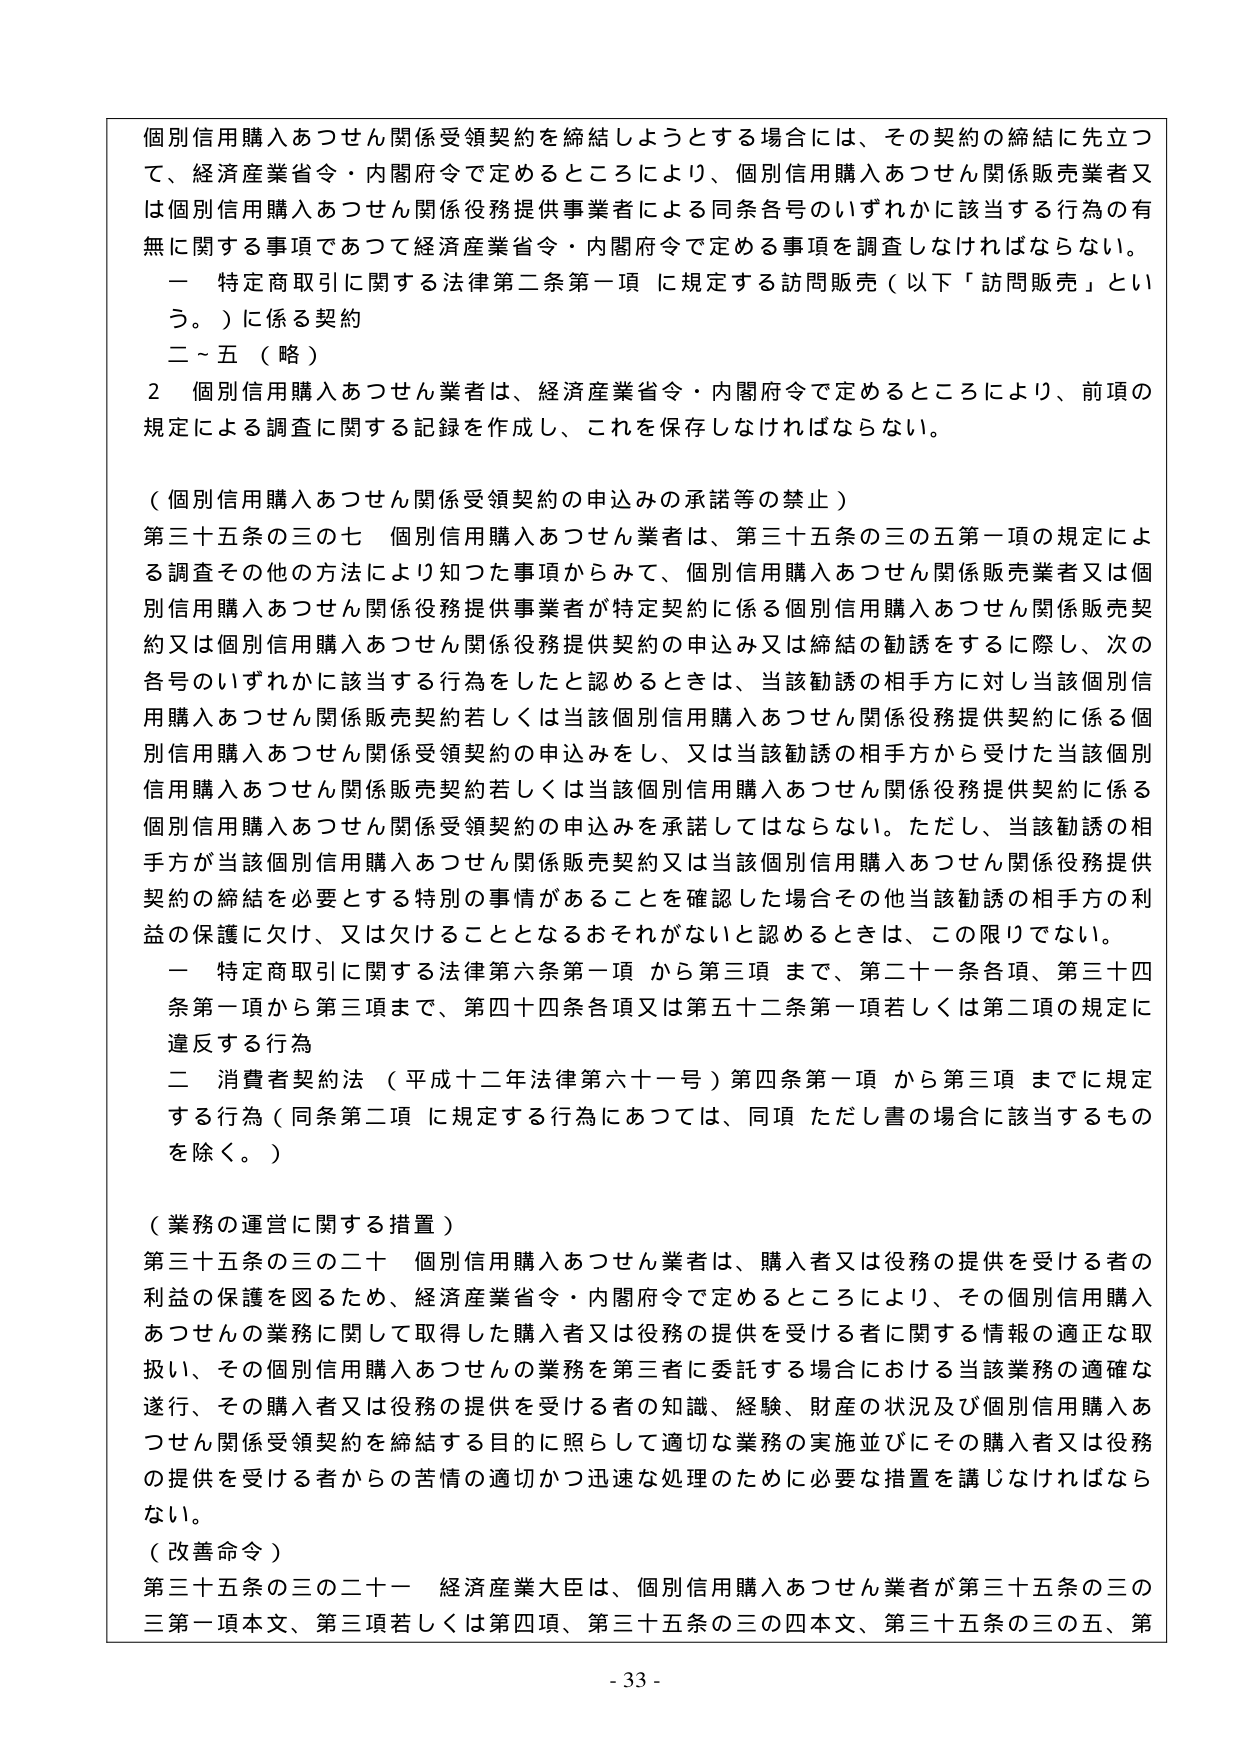
個別信用購入あつせん関係受領契約を締結しようとする場合には、その契約の締結に先立って、経済産業省令・内閣府令で定めるところにより、個別信用購入あつせん関係販売業者又は個別信用購入あつせん関係役務提供事業者による同条各号のいずれかに該当する行為の有無に関する事項であって経済産業省令・内閣府令で定める事項を調査しなければならない。

一 特定商取引に関する法律第二条第一項に規定する訪問販売（以下「訪問販売」という。）に係る契約
二～五（略）

2 個別信用購入あつせん業者は、経済産業省令・内閣府令で定めるところにより、前項の規定による調査に関する記録を作成し、これを保存しなければならない。

（個別信用購入あつせん関係受領契約の申込みの承諾等の禁止）

第三十五条の三の七 個別信用購入あつせん業者は、第三十五条の三の五第一項の規定による調査その他の方法により知った事項からみて、個別信用購入あつせん関係販売業者又は個別信用購入あつせん関係役務提供事業者が特定契約に係る個別信用購入あつせん関係販売契約又は個別信用購入あつせん関係役務提供契約の申込み又は締結の勧誘をするに際し、次の各号のいずれかに該当する行為をしたと認めるときは、当該勧誘の相手方に対し当該個別信用購入あつせん関係販売契約若しくは当該個別信用購入あつせん関係役務提供契約に係る個別信用購入あつせん関係受領契約の申込みをし、又は当該勧誘の相手方から受けた当該個別信用購入あつせん関係販売契約若しくは当該個別信用購入あつせん関係役務提供契約に係る個別信用購入あつせん関係受領契約の申込みを承諾してはならない。ただし、当該勧誘の相手方が当該個別信用購入あつせん関係販売契約又は当該個別信用購入あつせん関係役務提供契約の締結を必要とする特別の事情があることを確認した場合その他当該勧誘の相手方の利益の保護に欠け、又は欠けることとなるおそれがないと認めるときは、この限りでない。

一 特定商取引に関する法律第六条第一項から第三項まで、第二十一条各項、第三十四条第一項から第三項まで、第四十四条各項又は第五十二条第一項若しくは第二項の規定に違反する行為
二 消費者契約法（平成十二年法律第六十一号）第四条第一項から第三項までに規定する行為（同条第二項に規定する行為にあつては、同項ただし書の場合に該当するものを除く。）

（業務の運営に関する措置）

第三十五条の三の二十 個別信用購入あつせん業者は、購入者又は役務の提供を受ける者の利益の保護を図るため、経済産業省令・内閣府令で定めるところにより、その個別信用購入あつせんの業務に関して取得した購入者又は役務の提供を受ける者に関する情報の適正な取扱い、その個別信用購入あつせんの業務を第三者に委託する場合における当該業務の適確な遂行、その購入者又は役務の提供を受ける者の知識、経験、財産の状況及び個別信用購入あつせん関係受領契約を締結する目的に照らして適切な業務の実施並びにその購入者又は役務の提供を受ける者からの苦情の適切かつ迅速な処理のために必要な措置を講じなければならない。

（改善命令）

第三十五条の三の二十一 経済産業大臣は、個別信用購入あつせん業者が第三十五条の三の三第一項本文、第三項若しくは第四項、第三十五条の三の四本文、第三十五条の三の五、第

- 33 -